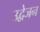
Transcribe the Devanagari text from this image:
उद्वेजन